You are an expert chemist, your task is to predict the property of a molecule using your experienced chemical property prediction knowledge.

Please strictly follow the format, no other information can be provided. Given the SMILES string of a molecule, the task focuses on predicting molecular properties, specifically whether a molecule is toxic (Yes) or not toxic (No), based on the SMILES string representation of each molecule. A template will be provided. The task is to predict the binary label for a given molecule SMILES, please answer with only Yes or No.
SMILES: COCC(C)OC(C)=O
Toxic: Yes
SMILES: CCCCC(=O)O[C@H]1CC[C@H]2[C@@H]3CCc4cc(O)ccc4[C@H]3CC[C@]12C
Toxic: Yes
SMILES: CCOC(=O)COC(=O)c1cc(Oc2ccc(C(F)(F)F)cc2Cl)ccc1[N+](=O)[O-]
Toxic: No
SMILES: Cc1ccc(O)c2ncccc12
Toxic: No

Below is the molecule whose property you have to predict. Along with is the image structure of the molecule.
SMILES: CCN(CC)CCOc1ccccc1OC
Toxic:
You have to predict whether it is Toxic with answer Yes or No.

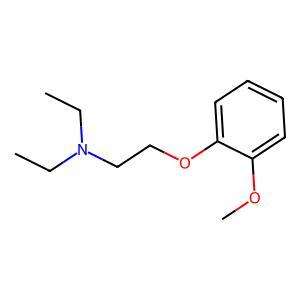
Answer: No